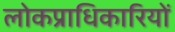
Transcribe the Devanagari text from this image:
लोकप्राधिकारियों